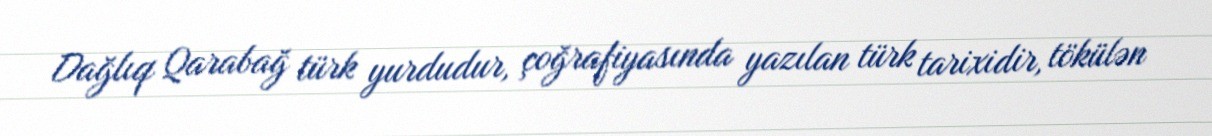
Dağlıq Qarabağ türk yurdudur, çoğrafiyasında yazılan türk tarixidir, tökülən